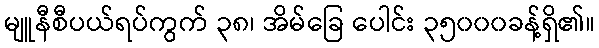
မျူနီစီပယ်ရပ်ကွက် ၃၈၊ အိမ်ခြေ ပေါင်း ၃၅၀၀၀ခန့်ရှိ၏။